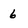
Character: 6